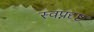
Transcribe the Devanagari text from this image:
स्वप्नदृष्ट